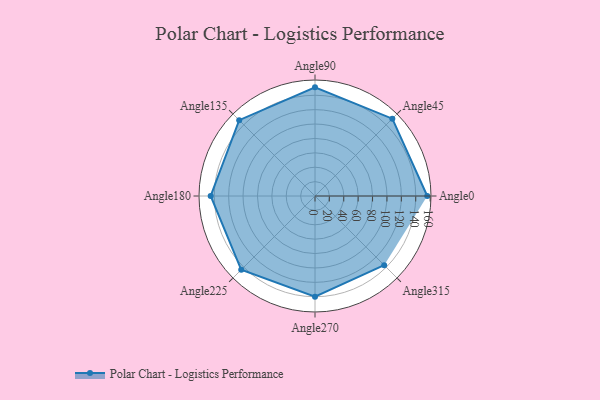
{"axis": {"x": "Angle", "y": "Radius"}, "legend": [""], "data": [{"x": "Angle0", "y": 156.0, "type": ""}, {"x": "Angle45", "y": 152.0, "type": ""}, {"x": "Angle90", "y": 151.0, "type": ""}, {"x": "Angle135", "y": 149.0, "type": ""}, {"x": "Angle180", "y": 145.0, "type": ""}, {"x": "Angle225", "y": 145.0, "type": ""}, {"x": "Angle270", "y": 140.0, "type": ""}, {"x": "Angle315", "y": 136.0, "type": ""}]}